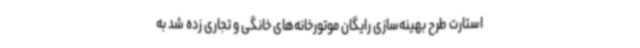
استارت طرح بهینه‌سازی رایگان موتورخانه‌های خانگی و تجاری زده شد به